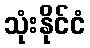
သုံးနိုင်ငံ